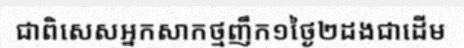
ជាពិសេសអ្នកសាកថ្មញឹក១ថ្ងៃ២ដងជាដើម